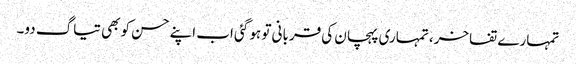
تمہارے تفاخر، تمہاری پہچان کی قربانی تو ہو گئی اب اپنے حسن کو بھی تیاگ دو۔